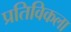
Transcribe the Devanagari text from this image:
प्रतिविकला